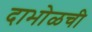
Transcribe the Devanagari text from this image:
दाभोळची